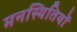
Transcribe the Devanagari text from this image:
मनस्थितियों